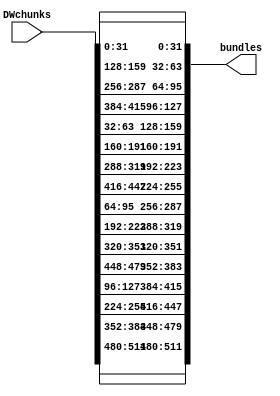
/*
    Copyright 2020 UCLouvain

    Licensed under the Solderpad Hardware Licence, Version 2.0 (the "License");
    you may not use this file except in compliance with the License.
    You may obtain a copy of the License at

        https://solderpad.org/licenses/SHL-2.0/

    Unless required by applicable law or agreed to in writing, software
    distributed under the License is distributed on an "AS IS" BASIS,
    WITHOUT WARRANTIES OR CONDITIONS OF ANY KIND, either express or implied.
    See the License for the specific language governing permissions and
    limitations under the License.
*/
/*
    Change the shadow state representation.
    Used to process the Round B of Shadow
    Direct inverse of the module 'bundles2DWchunks'
*/
module DWchunks2bundles
(
    input [511:0] DWchunks,
    output [511:0] bundles
);

genvar r, b;
generate
for(r=0;r<4;r=r+1) begin:row
    for(b=0;b<4;b=b+1) begin: bundle
        assign bundles[128*b+32*r +: 32] = DWchunks[(4*r+b)*32 +: 32];
    end
end
endgenerate


endmodule